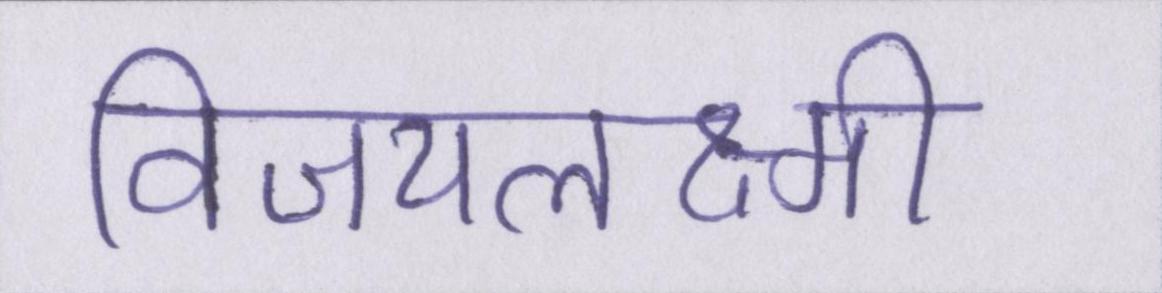
विजयलक्ष्मी